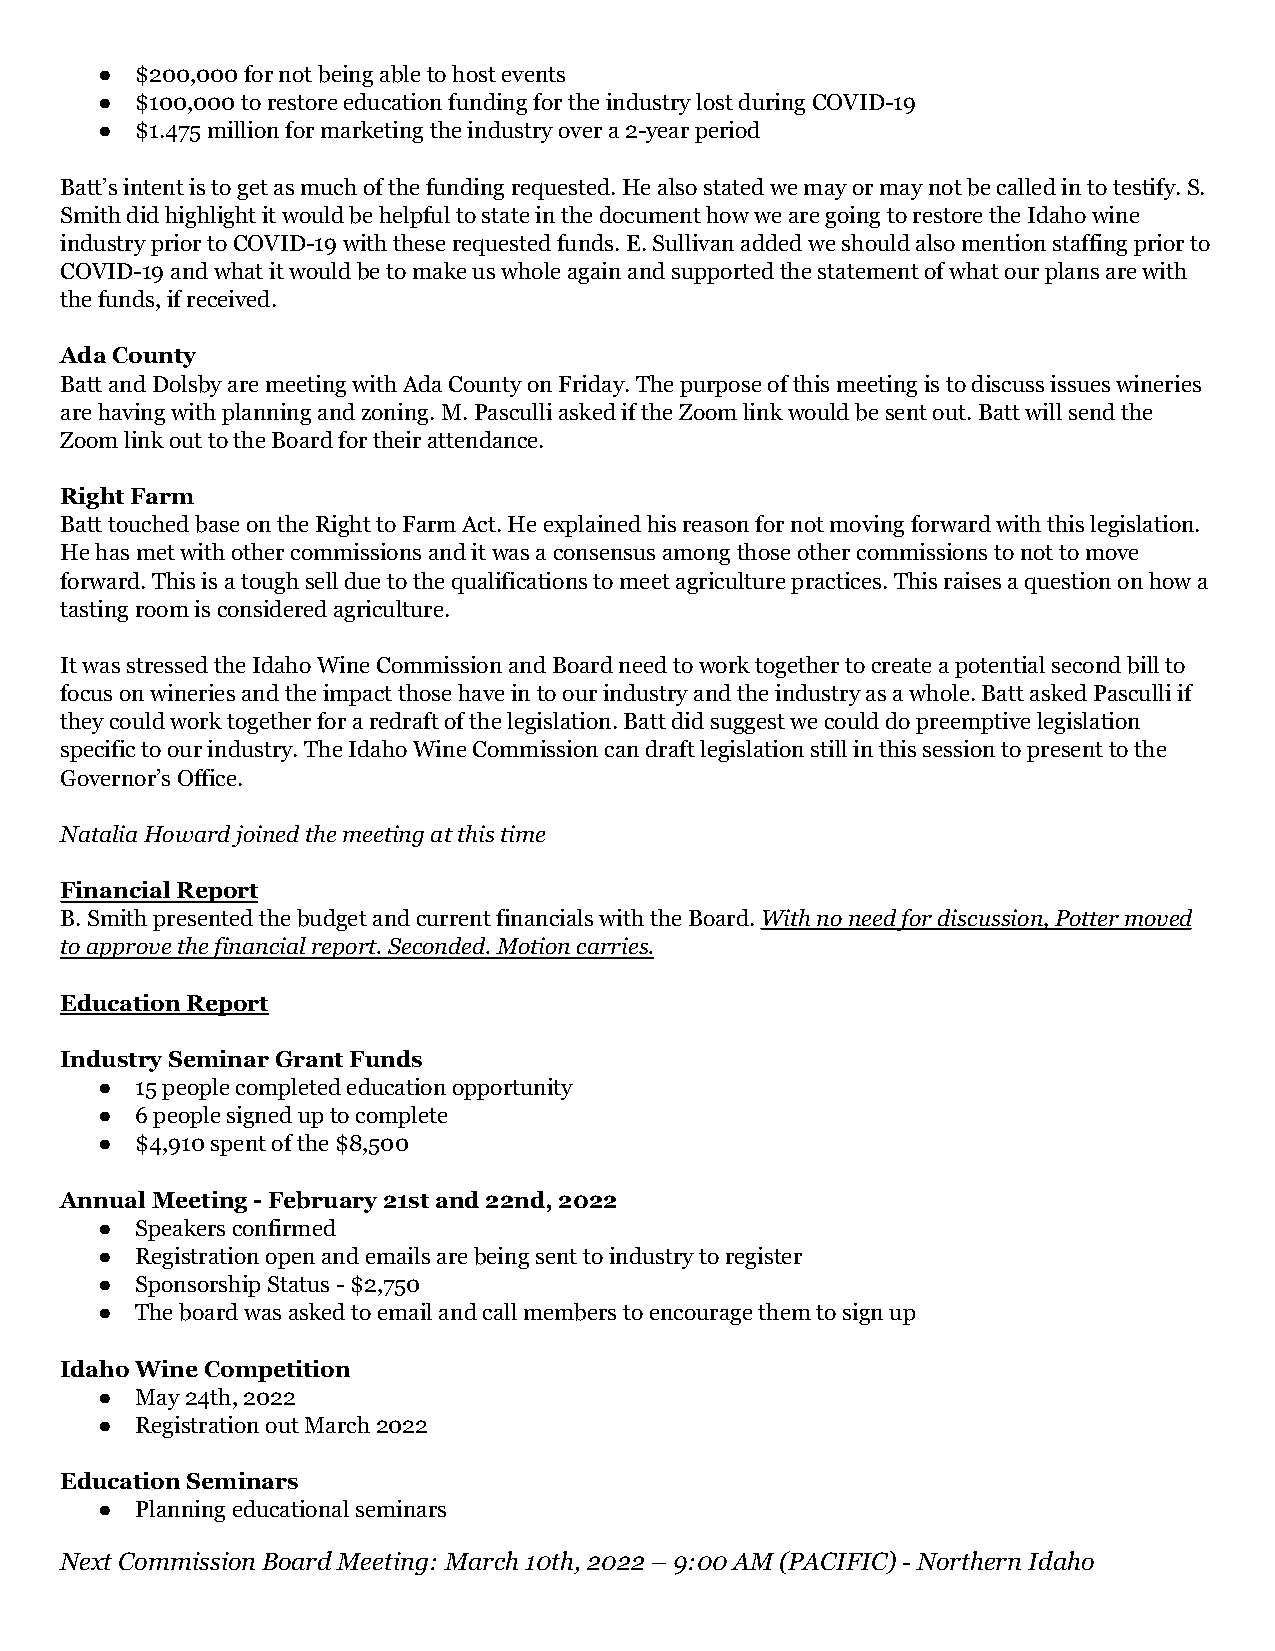
●  $200,000 for not being able to host events
 ●  $100,000 to restore education funding for the industry lost during COVID-19
 ●  $1.475 million for marketing the industry over a 2-year period
 Batt’s intent is to get as much of the funding requested. He also stated we may or may not be called in to testify. S.
 Smith did highlight it would be helpful to state in the document how we are going to restore the Idaho wine
 industry prior to COVID-19 with these requested funds. E. Sullivan added we should also mention staffing prior to
 COVID-19 and what it would be to make us whole again and supported the statement of what our plans are with
 the funds, if received.
 Ada County
 Batt and Dolsby are meeting with Ada County on Friday. The purpose of this meeting is to discuss issues wineries
 are having with planning and zoning. M. Pasculli asked if the Zoom link would be sent out. Batt will send the
 Zoom link out to the Board for their attendance.
 Right Farm
 Batt touched base on the Right to Farm Act. He explained his reason for not moving forward with this legislation.
 He has met with other commissions and it was a consensus among those other commissions to not to move
 forward. This is a tough sell due to the qualifications to meet agriculture practices. This raises a question on how a
 tasting room is considered agriculture.
 It was stressed the Idaho Wine Commission and Board need to work together to create a potential second bill to
 focus on wineries and the impact those have in to our industry and the industry as a whole. Batt asked Pasculli if
 they could work together for a redraft of the legislation. Batt did suggest we could do preemptive legislation
 specific to our industry. The Idaho Wine Commission can draft legislation still in this session to present to the
 Governor’s Office.
 Natalia Howard joined the meeting at this time
 Financial Report
 B. Smith presented the budget and current financials with the Board.With no need for discussion, Pottermoved
 to approve the financial report. Seconded. Motion carries.
 Education Report
 Industry Seminar Grant Funds
 ●  15 people completed education opportunity
 ●  6 people signed up to complete
 ●  $4,910 spent of the $8,500
 Annual Meeting - February 21st and 22nd, 2022
 ●  Speakers confirmed
 ●  Registration open and emails are being sent to industry to register
 ●  Sponsorship Status - $2,750
 ●  The board was asked to email and call members to encourage them to sign up
 Idaho Wine Competition
 ●  May 24th, 2022
 ●  Registration out March 2022
 Education Seminars
 ●  Planning educational seminars
 Next Commission Board Meeting: March 10th, 2022 – 9:00 AM (PACIFIC) - Northern Idaho